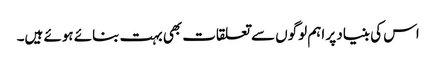
اس کی بنیاد پر اہم لوگوں سے تعلقات بھی بہت بنائے ہوئے ہیں۔